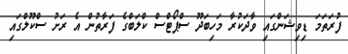
ފުރަތަމަ ޑިވިޝަންގައި ވާދަކުރާ މަހިބަދޫ ސްޕޯޓްސް ކްލަބްގެ ފަރާތުން އެ ރަށު ސްކޫލްގައި